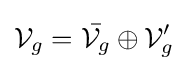
{\mathcal {V}}_{g}={\bar {{\mathcal {V}}_{g}}}\oplus {\mathcal {V}}_{g}'